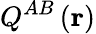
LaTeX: Q^{AB}\left(\mathbf{r}\right)